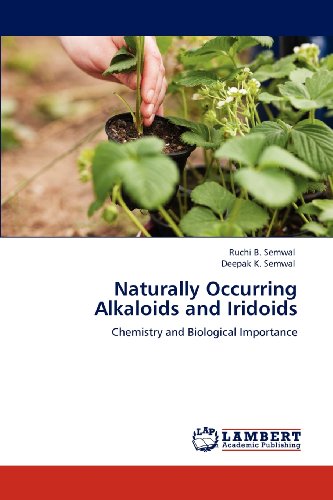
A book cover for Naturally Occurring Alkaloids and Iridoids: Chemistry and Biological Importance; Ruchi B. Semwal; Science & Math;